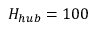
H _ { h u b } = 1 0 0